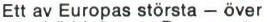
Ett av Europas största - över